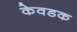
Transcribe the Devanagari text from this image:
केवडक